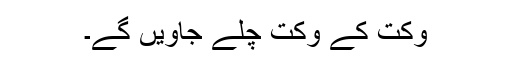
وکت کے وکت چلے جاویں گے۔